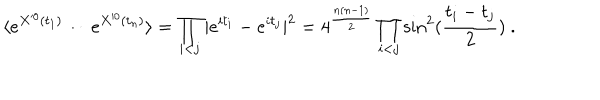
LaTeX: \langle e ^ { X ^ { 0 } ( t _ { 1 } ) } \cdots e ^ { X ^ { 0 } ( t _ { n } ) } \rangle = \prod _ { i < j } | e ^ { i t _ { i } } - e ^ { i t _ { j } } | ^ { 2 } = 4 ^ { \frac { n ( n - 1 ) } { 2 } } \prod _ { i < j } \sin ^ { 2 } ( { \frac { t _ { i } - t _ { j } } { 2 } } ) ~ .